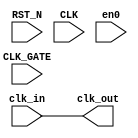

module clock_import(RST_N,
                    CLK,
                    CLK_GATE,
                    en0, // Dummy
                    clk_in,
		    clk_out);
   input RST_N;
   input CLK;
   input CLK_GATE;
   input en0;
   input clk_in;
   output clk_out;

   assign clk_out = clk_in;
   
endmodule